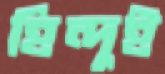
হিন্দুই